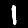
Label: 1